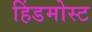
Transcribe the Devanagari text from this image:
हिंडमोस्ट